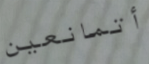
أتمانعين